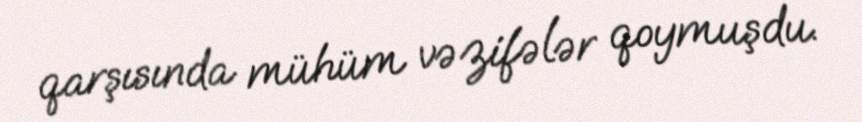
qarşısında mühüm vəzifələr qoymuşdu.